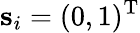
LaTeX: \mathbf{s}_{i}=(0,1)^{\mathrm{T}}